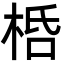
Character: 桰